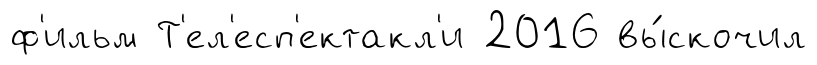
ф'ильм Т'ел'есп'ектакл'и 2016 вы́скочил